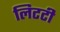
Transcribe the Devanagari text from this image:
लिटटी